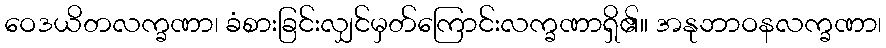
ဝေဒယိတလက္ခဏာ၊ ခံစားခြင်းလျှင်မှတ်ကြောင်းလက္ခဏာရှိ၏။ အနုဘာဝနလက္ခဏာ၊